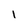
Character: 1